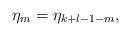
LaTeX: \begin{align*}\eta_m=\eta_{k+l-1-m},\end{align*}